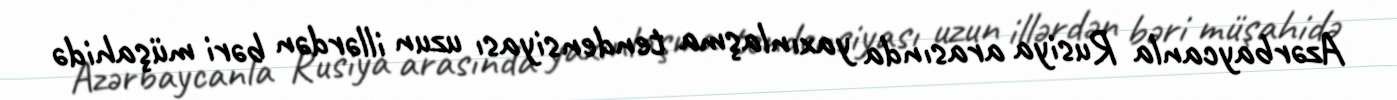
Azərbaycanla Rusiya arasında yaxınlaşma tendensiyası uzun illərdən bəri müşahidə